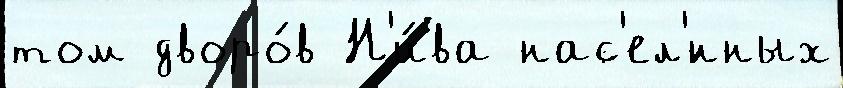
том дворо́в Н'и́ва нас'ел'́нных